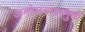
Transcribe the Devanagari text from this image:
अमोघवज्रामुळे